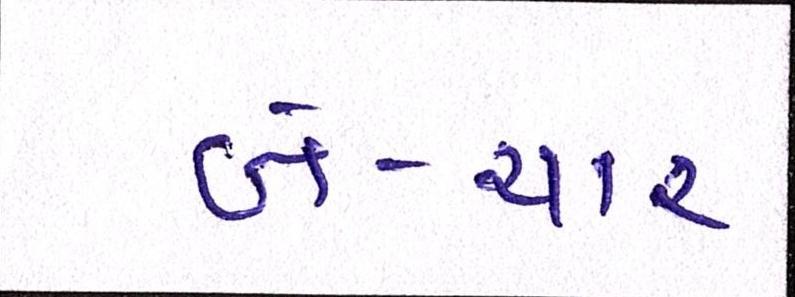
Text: બે-ચાર